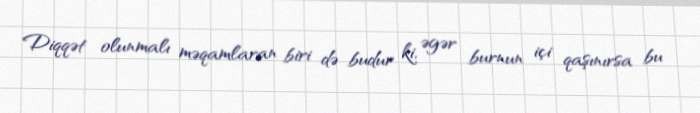
Diqqət olunmalı məqamlaran biri də budur ki, əgər burnun içi qaşınırsa bu